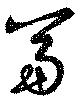
富